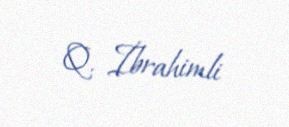
Q. İbrahimli